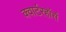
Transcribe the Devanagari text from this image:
क्वार्टरहॉर्स